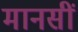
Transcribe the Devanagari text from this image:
मानसीं